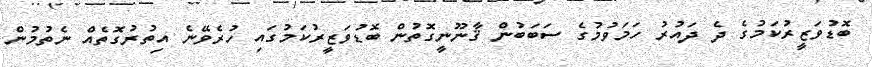
ބޮޑުވަޒީރުކަމުގެ ދެ ދައުރު ހަމަވުމުގެ ސަބަބުން ޤާނޫނީގޮތުން ބޮޑުވަޒީރުކަމުގައި ހުރެވޭނެ އިތުރުގޮތެއް ނެތުމުން